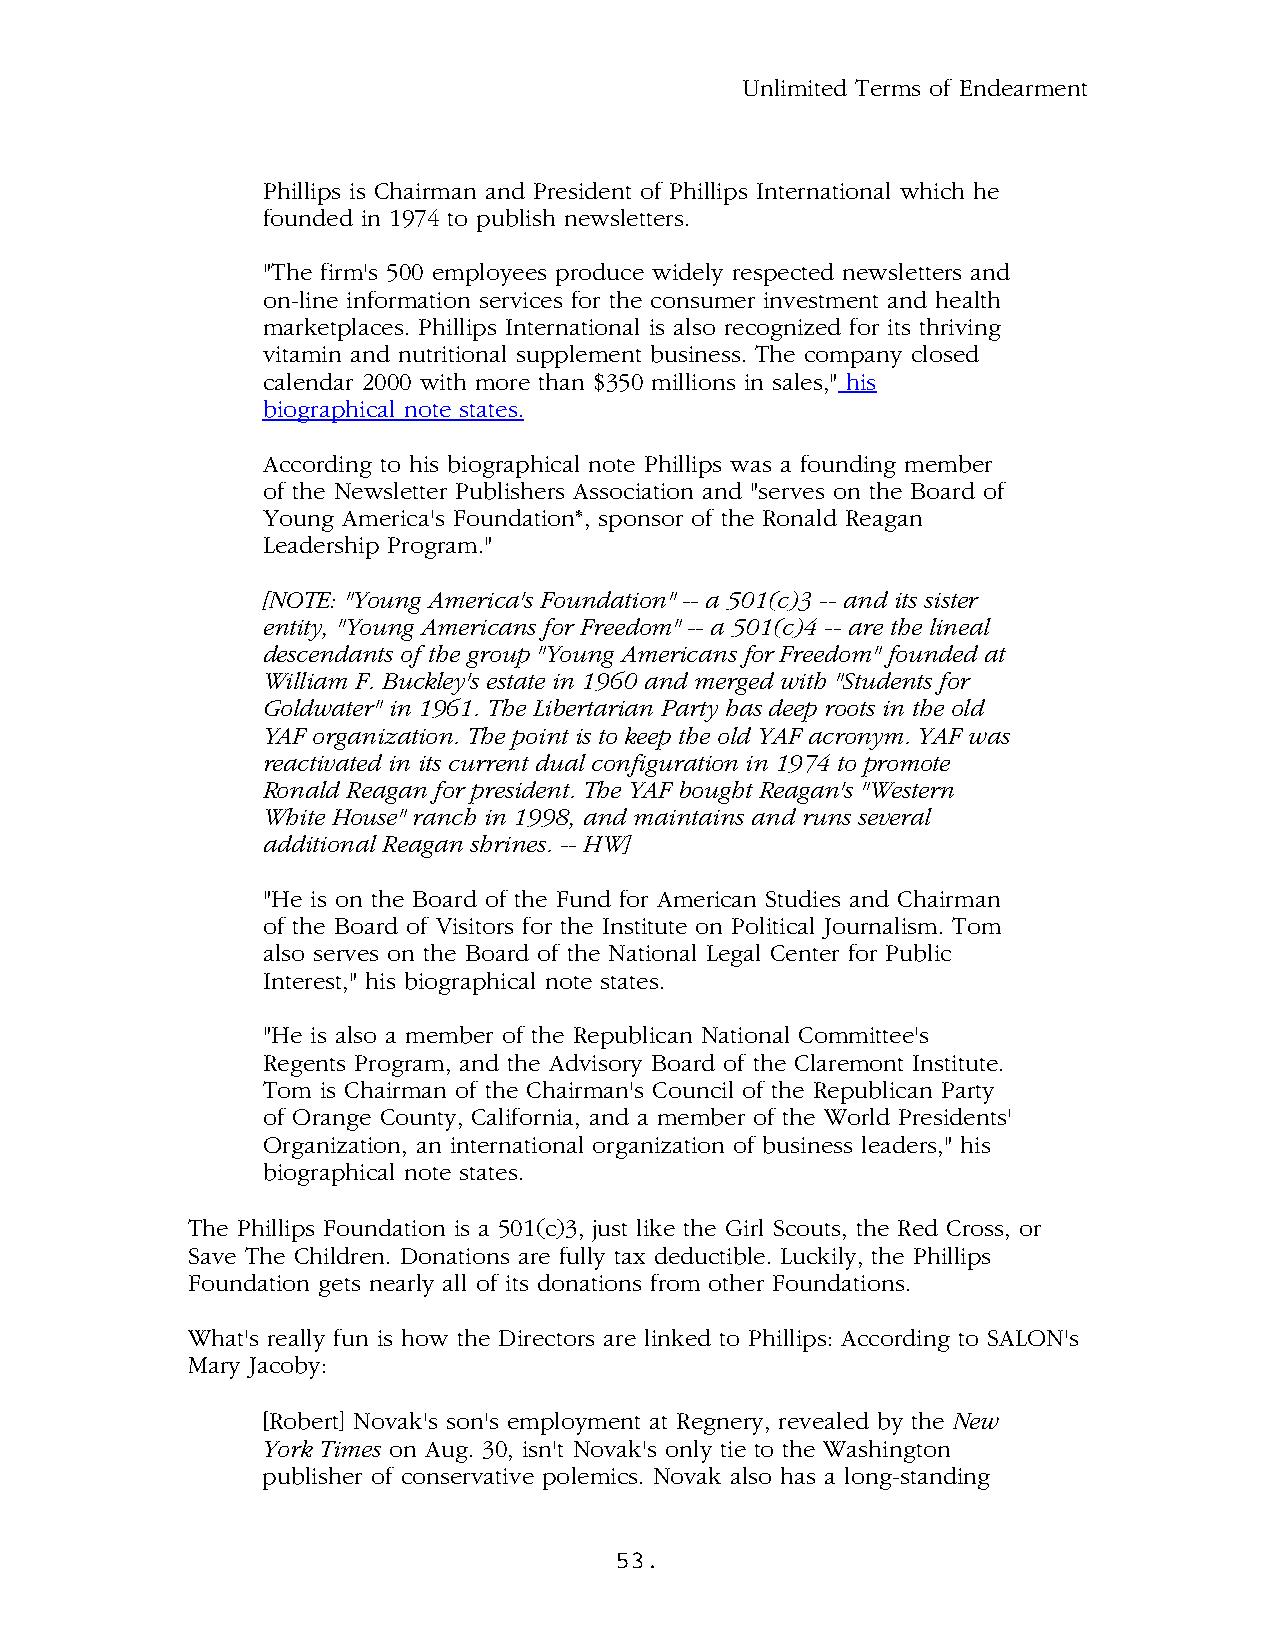
Unlimited Terms of Endearment
 Phillips is Chairman and President of Phillips International which he
 founded in 1974 to publish newsletters.
 "The firm's 500 employees produce widely respected newsletters and
 on-line information services for the consumer investment and health
 marketplaces. Phillips International is also recognized for its thriving
 vitamin and nutritional supplement business. The company closed
 calendar 2000 with more than $350 millions in sales," his
 biographical note states.
 According to his biographical note Phillips was a founding member
 of the Newsletter Publishers Association and "serves on the Board of
 Young America's Foundation*, sponsor of the Ronald Reagan
 Leadership Program."
 [NOTE: "Young America's Foundation" -- a 501(c)3 -- and its sister
 entity, "Young Americans for Freedom" -- a 501(c)4 -- are the lineal
 descendants of the group "Young Americans for Freedom" founded at
 William F. Buckley's estate in 1960 and merged with "Students for
 Goldwater" in 1961. The Libertarian Party has deep roots in the old
 YAF organization. The point is to keep the old YAF acronym. YAF was
 reactivated in its current dual configuration in 1974 to promote
 Ronald Reagan for president. The YAF bought Reagan's "Western
 White House" ranch in 1998, and maintains and runs several
 additional Reagan shrines. -- HW]
 "He is on the Board of the Fund for American Studies and Chairman
 of the Board of Visitors for the Institute on Political Journalism. Tom
 also serves on the Board of the National Legal Center for Public
 Interest," his biographical note states.
 "He is also a member of the Republican National Committee's
 Regents Program, and the Advisory Board of the Claremont Institute.
 Tom is Chairman of the Chairman's Council of the Republican Party
 of Orange County, California, and a member of the World Presidents'
 Organization, an international organization of business leaders," his
 biographical note states.
 The Phillips Foundation is a 501(c)3, just like the Girl Scouts, the Red Cross, or
 Save The Children. Donations are fully tax deductible. Luckily, the Phillips
 Foundation gets nearly all of its donations from other Foundations.
 What's really fun is how the Directors are linked to Phillips: According to SALON's
 Mary Jacoby:
 [Robert] Novak's son's employment at Regnery, revealed by the New
 York Times on Aug. 30, isn't Novak's only tie to the Washington
 publisher of conservative polemics. Novak also has a long-standing
 53.